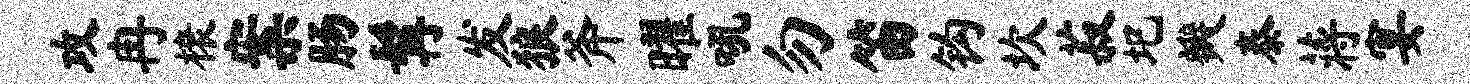
攻冉榱案肠髯发狼斧曜吼勿笛钩坎菽圯瓣泰蒋宴